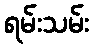
ရမ်းသမ်း